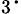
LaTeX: _3\cdot